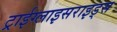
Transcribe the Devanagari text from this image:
ट्राईग्लाइसराइड्स